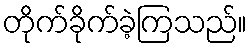
တိုက်ခိုက်ခဲ့ကြသည်။